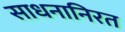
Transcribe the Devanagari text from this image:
साधनानिरत